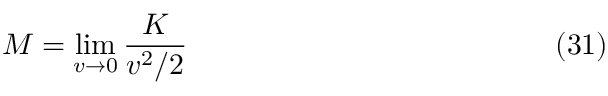
M = \operatorname* { l i m } _ { v \rightarrow 0 } \frac { K } { v ^ { 2 } / 2 } \eqno ( 3 1 )